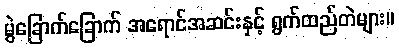
မွဲခြောက်ခြောက် အရောင်အဆင်းနှင့် ရွက်ထည်တဲများ။